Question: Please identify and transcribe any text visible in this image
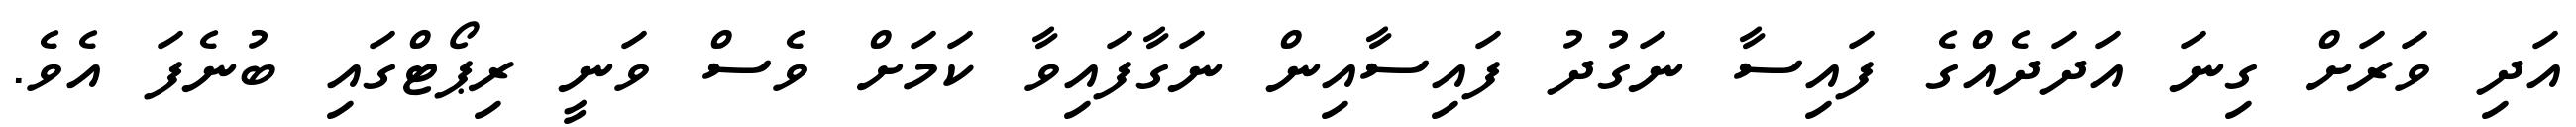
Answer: އަދި ވަރަށް ގިނަ އަދަދެއްގެ ފައިސާ ނަގުދު ފައިސާއިން ނަގާފައިވާ ކަމަށް ވެސް ވަނީ ރިޕޯޓްގައި ބުނެފަ އެވެ.